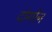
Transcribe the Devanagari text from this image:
दोर्गोन